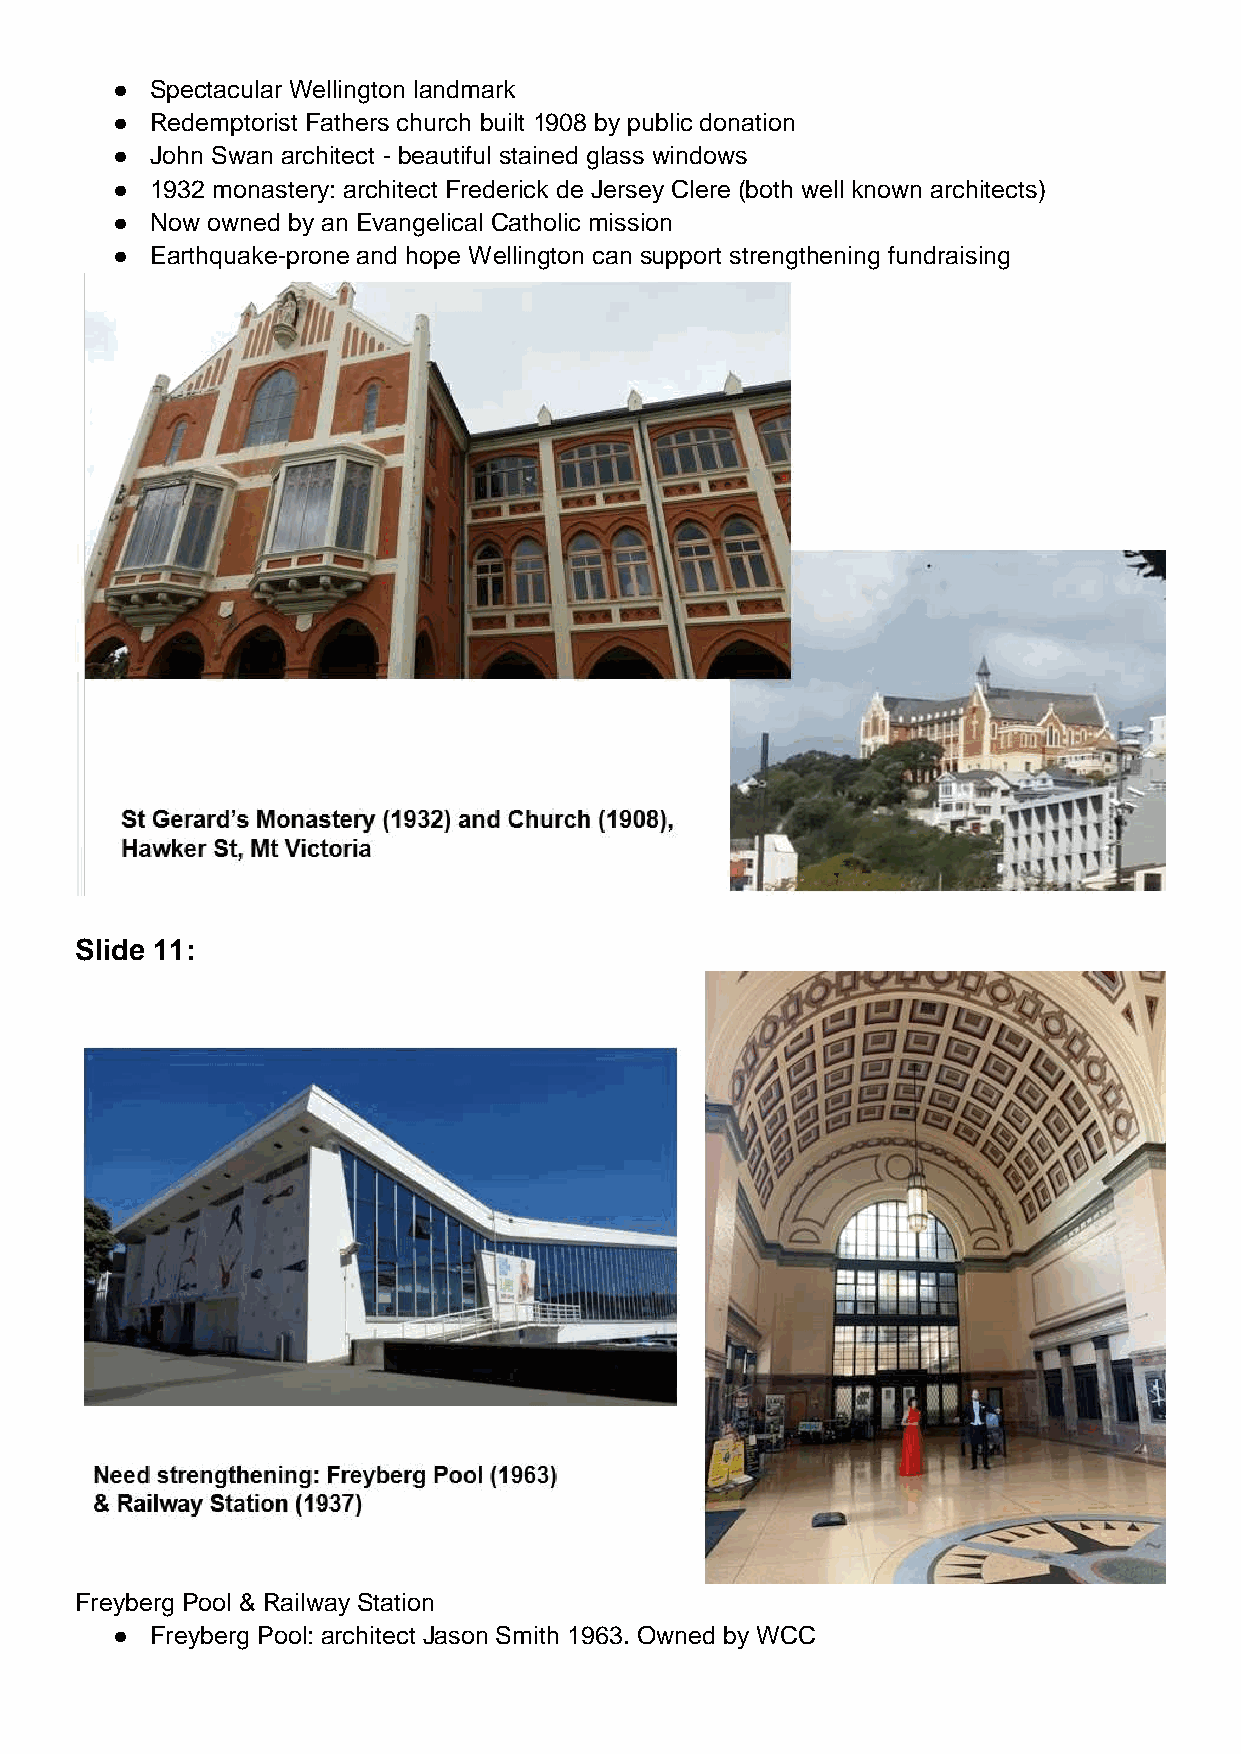
●  Spectacular Wellington landmark
 ●  Redemptorist Fathers church built 1908 by public donation
 ●  John Swan architect - beautiful stained glass windows
 ●  1932 monastery: architect Frederick de Jersey Clere (both well known architects)
 ●  Now owned by an Evangelical Catholic mission
 ●  Earthquake-prone and hope Wellington can support strengthening fundraising
 Slide 11:
 Freyberg Pool & Railway Station
 ●  Freyberg Pool: architect Jason Smith 1963. Owned by WCC